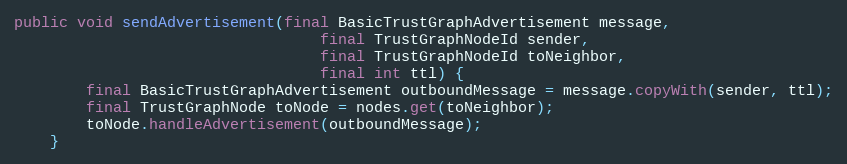
Language: Java
public void sendAdvertisement(final BasicTrustGraphAdvertisement message,
                                  final TrustGraphNodeId sender,
                                  final TrustGraphNodeId toNeighbor,
                                  final int ttl) {
        final BasicTrustGraphAdvertisement outboundMessage = message.copyWith(sender, ttl);
        final TrustGraphNode toNode = nodes.get(toNeighbor);
        toNode.handleAdvertisement(outboundMessage);
    }